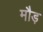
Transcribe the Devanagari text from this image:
मौड़